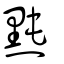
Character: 黗